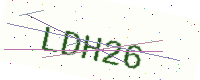
Text: LDH26